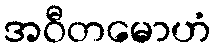
အဝီတမောဟံ